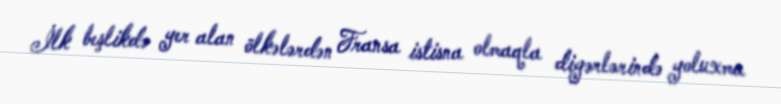
İlk beşlikdə yer alan ölkələrdən Fransa istisna olmaqla digərlərində yoluxma